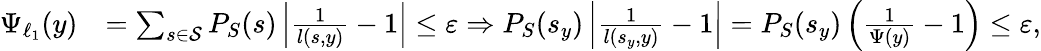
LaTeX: \begin{array}{rl}{\Psi_{\ell_{1}}(y)}&{=\sum_{s\in\mathcal{S}}P_{S}(s)\left|\frac{1}{l(s,y)}-1\right|\leq{\varepsilon}\Rightarrow P_{S}(s_{y})\left|\frac{1}{l(s_{y},y)}-1\right|=P_{S}(s_{y})\left(\frac{1}{\Psi(y)}-1\right)\leq{\varepsilon},}\end{array}